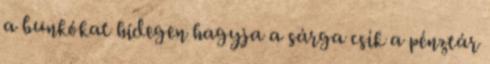
a bunkókat hidegen hagyja a sárga csík a pénztár